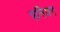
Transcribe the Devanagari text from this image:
पनियन